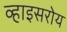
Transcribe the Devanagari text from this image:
व्हाइसरोय